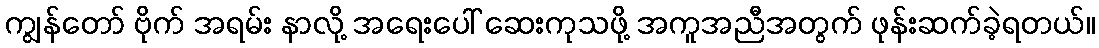
ကျွန်တော် ဗိုက် အရမ်း နာလို့ အရေးပေါ် ဆေးကုသဖို့ အကူအညီအတွက် ဖုန်းဆက်ခဲ့ရတယ်။